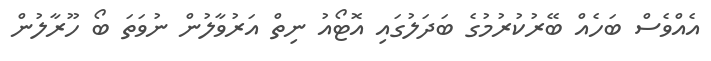
އެއްވެސް ބަހެއް ބޭރުކުރުމުގެ ބަދަލުގައި އޮޓޯއު ނިތް އަރުވާލުން ނުވަތަ ބޯ ހޫރާލުން